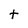
Character: t